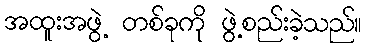
အထူးအဖွဲ့ တစ်ခုကို ဖွဲ့စည်းခဲ့သည်။